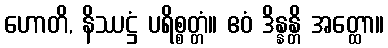
ဟောတိ, နိဿဋ္ဌံ ပရိစ္စတ္တံ။ ဧဝံ ဒိန္နန္တိ အတ္ထော။